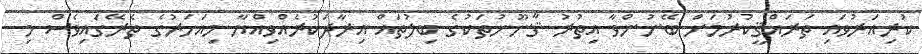
ކުރިއަރުވައި ތަރައްޤީކުރުމަށް ބޭނުންވާ އިތުރު ޤާނޫނުތަކުގެ ބިލުތައް އިރާދަކުރެއްވިއްޔާ މިއަހަރުގެ ތެރޭގައިވެސް މި